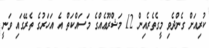
ކުރިއަށް ގެންދެވި މީގެތެރެއިން 12 މަޝްރޫޢެއްގެ މަސައްކަތް އެ އަހަރުގެ ތެރޭގައި ވަނީ